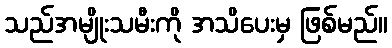
သည်အမျိုးသမီးကို အသိပေးမှ ဖြစ်မည်။